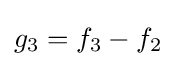
g_{3}=f_{3}-f_{2}